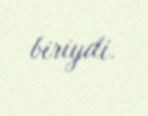
biriydi.